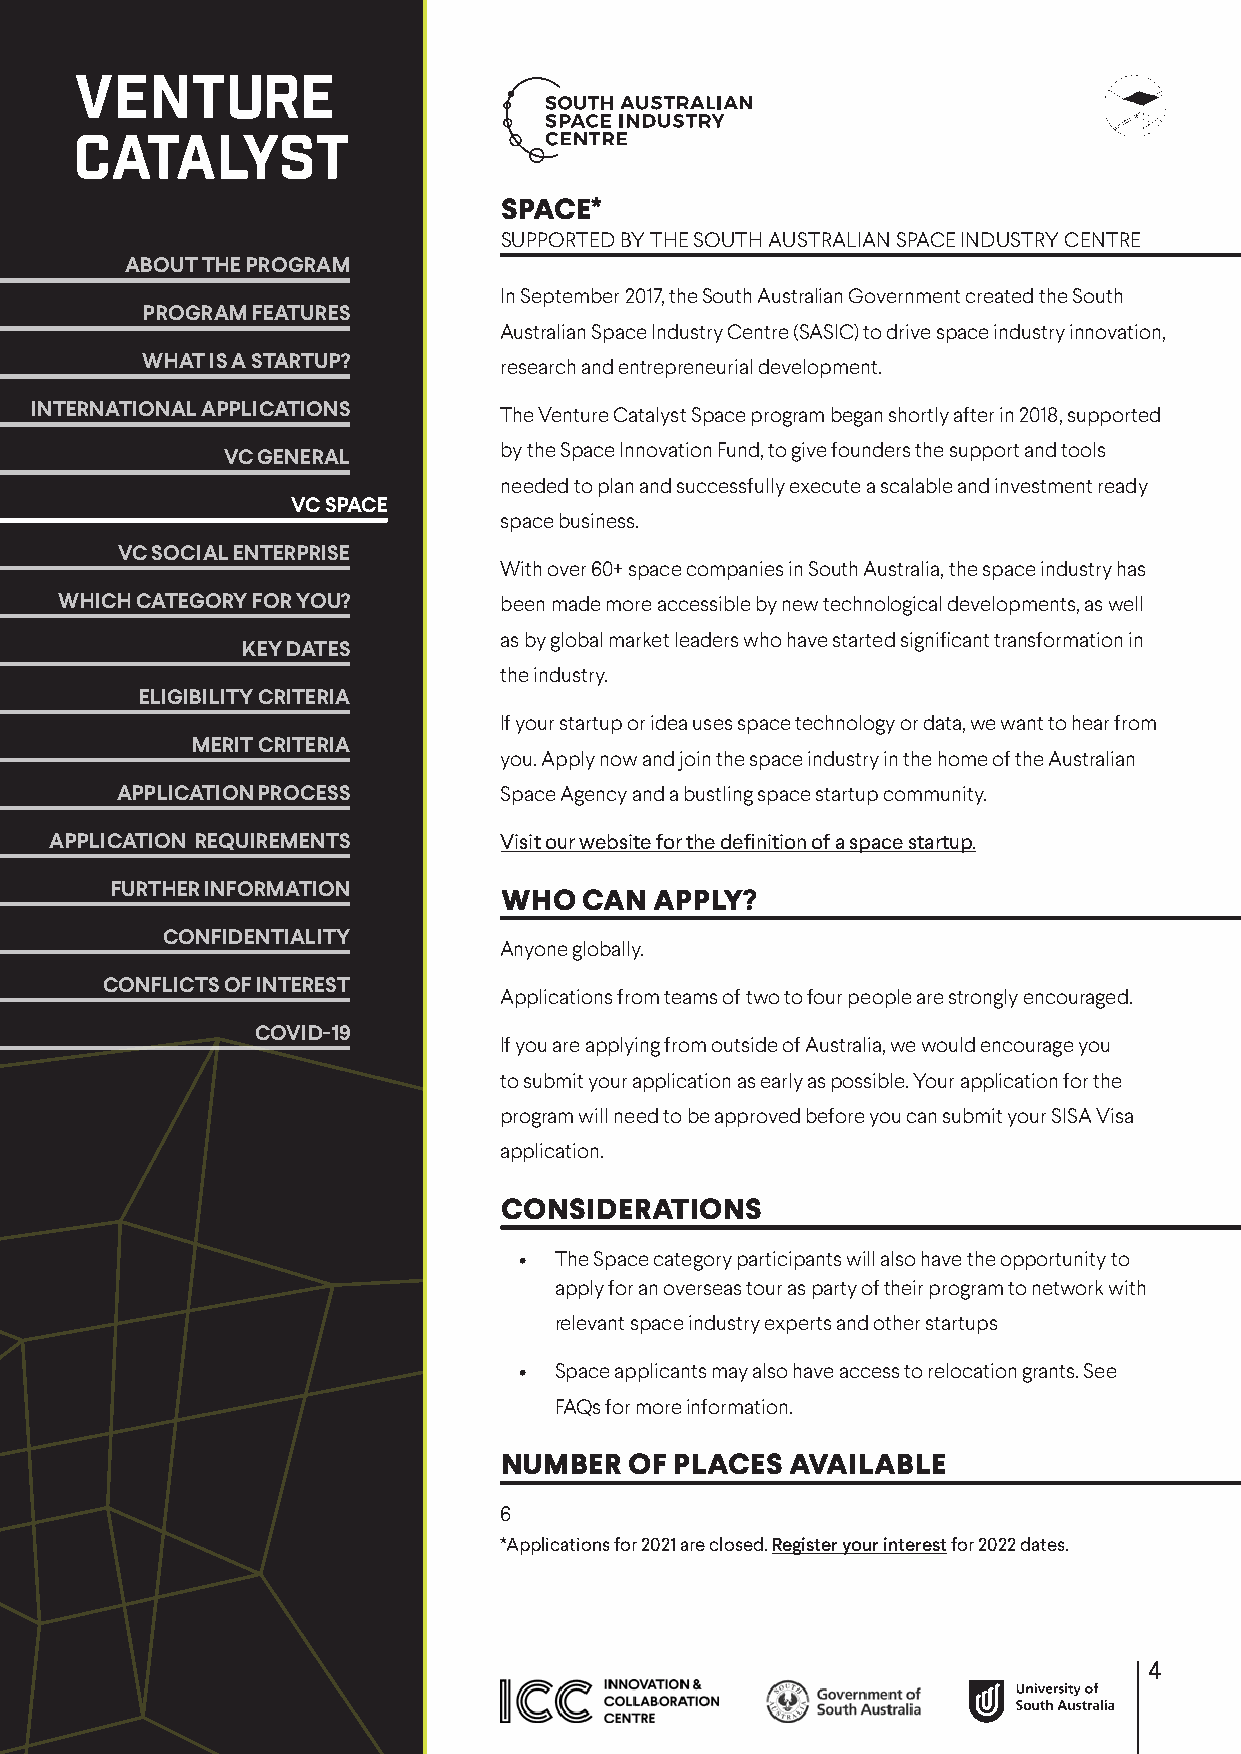
SPACE*
 SUPPORTED BY THE SOUTH AUSTRALIAN SPACE INDUSTRY CENTRE
 ABOUT THE PROGRAM
 In September 2017, the South Australian Government created the South
 PROGRAM FEATURES
 Australian Space Industry Centre (SASIC) to drive space industry innovation,
 WHAT IS A STARTUP?      research and entrepreneurial development.
 INTERNATIONAL APPLICATIONS     The Venture Catalyst Space program began shortly after in 2018, supported
 by the Space Innovation Fund, to give founders the support and tools
 VC GENERAL
 needed to plan and successfully execute a scalable and investment ready
 VC SPACE
 space business.
 VC SOCIAL ENTERPRISE
 With over 60+ space companies in South Australia, the space industry has
 WHICH CATEGORY FOR YOU?      been made more accessible by new technological developments, as well
 as by global market leaders who have started significant transformation in
 KEY DATES
 the industry.
 ELIGIBILITY CRITERIA
 If your startup or idea uses space technology or data, we want to hear from
 MERIT CRITERIA
 you. Apply now and join the space industry in the home of the Australian
 APPLICATION PROCESS      Space Agency and a bustling space startup community.
 APPLICATION REQUIREMENTS      Visit our website for the definition of a space startup.
 FURTHER INFORMATION
 WHO   CAN APPLY?
 CONFIDENTIALITY
 Anyone globally.
 CONFLICTS OF INTEREST
 Applications from teams of two to four people are strongly encouraged.
 COVID-19
 If you are applying from outside of Australia, we would encourage you
 to submit your application as early as possible. Your application for the
 program will need to be approved before you can submit your SISA Visa
 application.
 CONSIDERATIONS
 •  The Space category participants will also have the opportunity to
 apply for an overseas tour as party of their program to network with
 relevant space industry experts and other startups
 •  Space applicants may also have access to relocation grants. See
 FAQs for more information.
 NUMBER   OF PLACES AVAILABLE
 6
 *Applications for 2021 are closed. Register your interest for 2022 dates.
 4